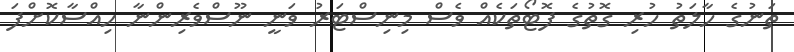
ތަނުގެ ހާލަތު ހުރި ގޮތުގެ ފޮޓޯތަކެއް ވެސް މިނިސްޓަރު ވަނީ ނޫސްވެރިންނާ ހިއްސާކޮށްފަ